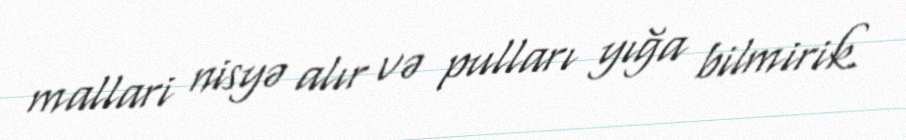
mallari nisyə alır və pulları yığa bilmirik.